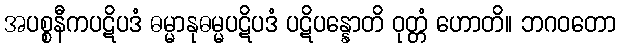
အပစ္စနီကပဋိပဒံ ဓမ္မာနုဓမ္မပဋိပဒံ ပဋိပန္နောတိ ဝုတ္တံ ဟောတိ။ ဘဂဝတော